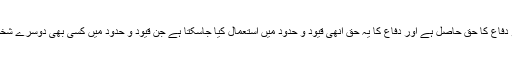
اگر اس نے کسی شخص پر حملہ کیا تو اس شخص کو دفاع کا حق حاصل ہے اور دفاع کا یہ حق انھی قیود و حدود میں استعمال کیا جاسکتا ہے جن قیود و حدود میں کسی بھی دوسرے شخص کے حملے کے خلاف اسے استعمال کیا جاتا ہے ۔